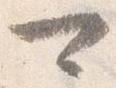
可